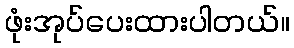
ဖုံးအုပ်ပေးထားပါတယ်။